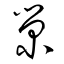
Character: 榮